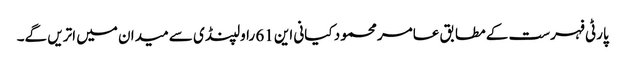
پارٹی فہرست کے مطابق عامر محمود کیانی این 61 راولپنڈی سے میدان میں اتریں گے۔